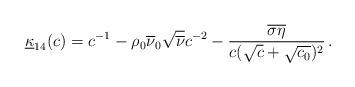
LaTeX: \begin{align*}\underline \kappa_{14}(c)=c^{-1}-{\rho_0\overline{\nu}_0\sqrt{\overline{\nu}}}c^{-2} -\frac{\overline{\sigma}\overline{\eta}}{c(\sqrt{c}+\sqrt{c_0})^2}\, .\end{align*}%\end{align*}